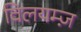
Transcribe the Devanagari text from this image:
विलयम्ज़